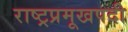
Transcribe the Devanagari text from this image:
राष्ट्रप्रमूखपदी